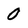
Character: 0